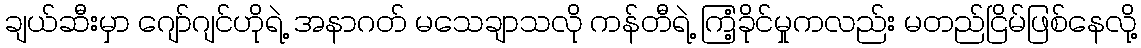
ချယ်ဆီးမှာ ဂျော်ဂျင်ဟိုရဲ့ အနာဂတ် မသေချာသလို ကန်တီရဲ့ ကြံ့ခိုင်မှုကလည်း မတည်ငြိမ်ဖြစ်နေလို့